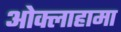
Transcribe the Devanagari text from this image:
ओक्लाहामा